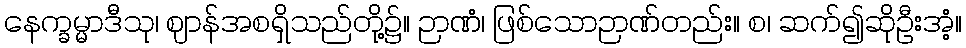
နေက္ခမ္မာဒီသု၊ ဈာန်အစရှိသည်တို့၌။ ဉာဏံ၊ ဖြစ်သောဉာဏ်တည်း။ စ၊ ဆက်၍ဆိုဦးအံ့။